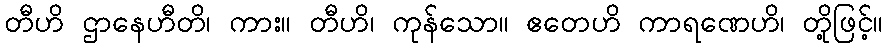
တီဟိ ဌာနေဟီတိ၊ ကား။ တီဟိ၊ ကုန်သော။ ဧတေဟိ ကာရဏေဟိ၊ တို့ဖြင့်။